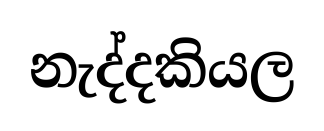
නැද්දකියල